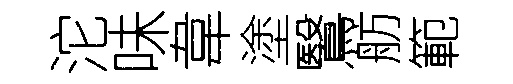
沱味韋塗鷖舫範